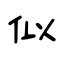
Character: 似